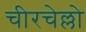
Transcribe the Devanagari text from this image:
चीरचेल्लो